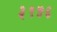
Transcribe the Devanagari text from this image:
३१५६